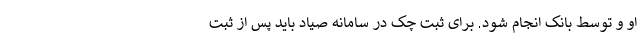
او و توسط بانک انجام شود. برای ثبت چک در سامانه صیاد باید پس از ثبت